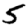
Digit: 5